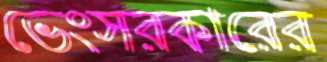
ভেংসরকারের